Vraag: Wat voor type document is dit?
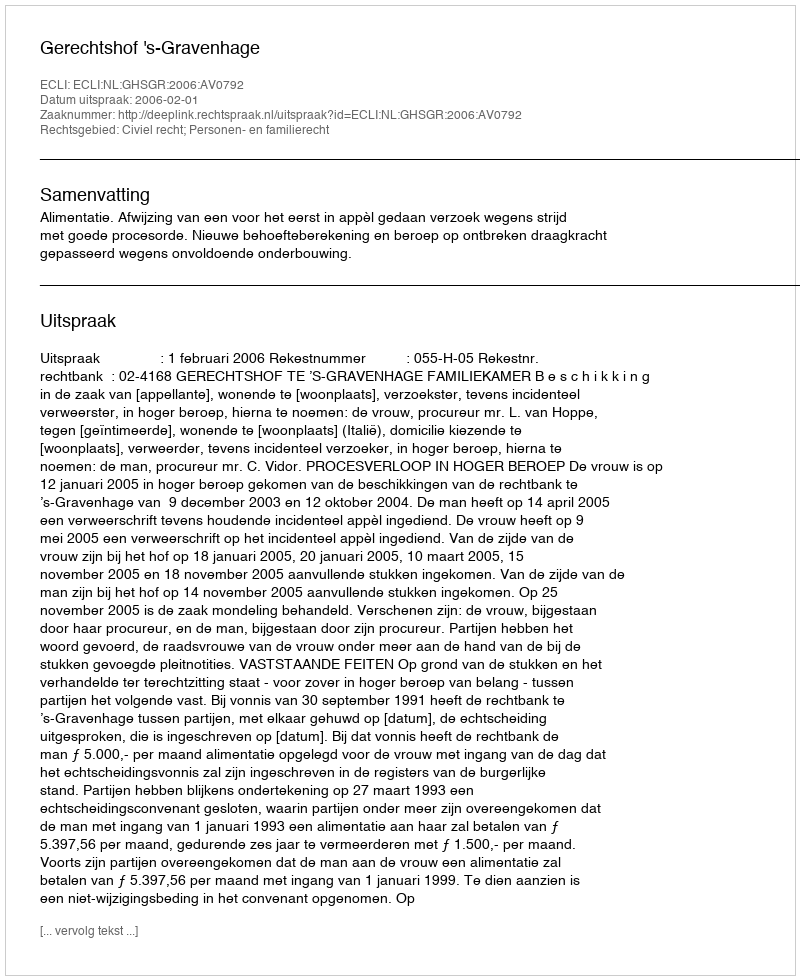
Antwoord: Uitspraak